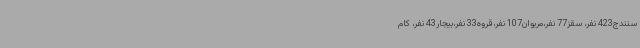
سنندج423 نفر، سقز77 نفر،مریوان107 نفر،قروه33 نفر،بیجار43 نفر، کام